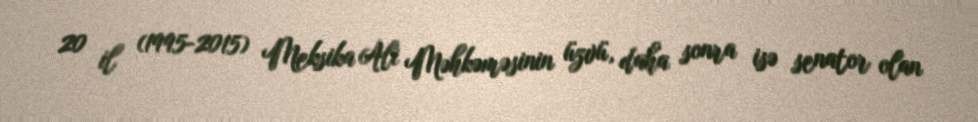
20 il (1995-2015) Meksika Ali Məhkəməsinin üzvü, daha sonra isə senator olan